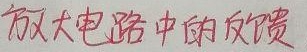
放大电路中的反馈